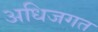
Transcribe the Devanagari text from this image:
अधिजगत